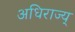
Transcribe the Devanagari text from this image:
अधिराज्य्